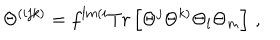
LaTeX: \Theta ^ { ( i j k ) } = f ^ { l m ( i } T r \left[ \Theta ^ { j } \Theta ^ { k ) } \Theta _ { l } \Theta _ { m } \right] \, ,